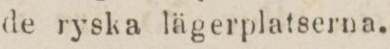
de ryska lägerplatserna.